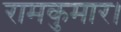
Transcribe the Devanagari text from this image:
रामकुमार।